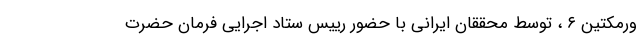
ورمکتین ۶ ، توسط محققان ایرانی با حضور رییس ستاد اجرایی فرمان حضرت